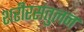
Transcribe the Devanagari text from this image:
शरीरसंतुलन